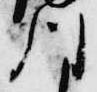
川